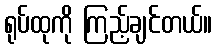
ရုပ်ထုကို ကြည့်ချင်တယ်။